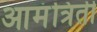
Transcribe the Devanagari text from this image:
आमंत्रिती